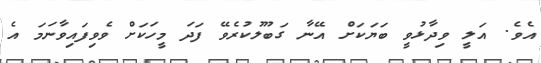
އެވެ. އަލީ ވިދާޅުވީ ބަޔަކަށް އޭނާ ގަބޫލުކުރެވޭ ފަދަ މީހަކަށް ވެވިފައިވާނަމަ އެ